Annual report on the working of the mental hospitals in the Madras Presidency - 1912-1932
Year: 1912
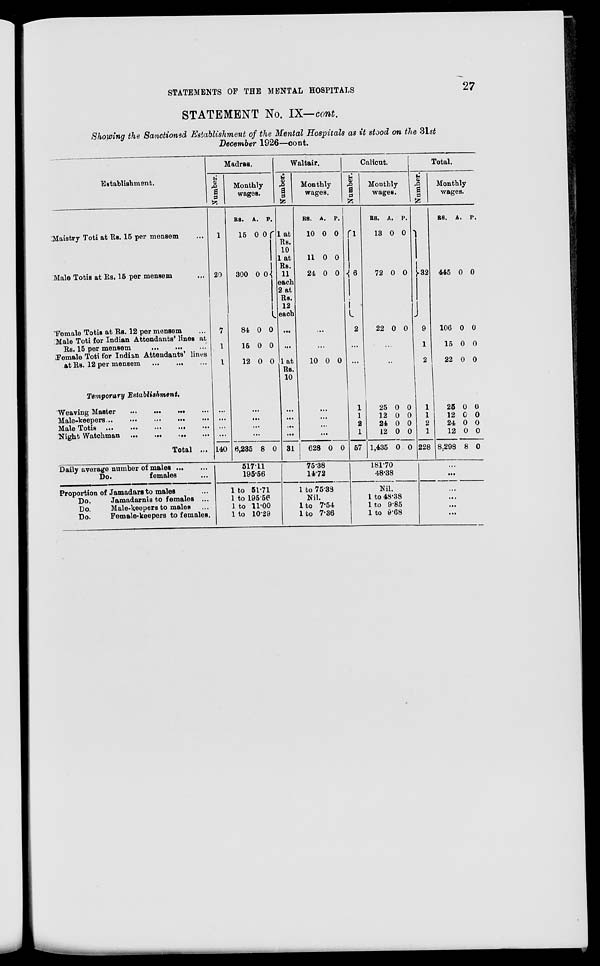
STATEMENTS OF THE MENTAL HOSPITALS
27
STATEMENT No. IX—cont.
Showing the Sanctioned Establishment of the Mental Hospitals as it stood on the 31st
December 1926—cont.
Establishment.
Maistry Toti at Rs. 15 per mensem ...
Male Totis at Rs. 15 per mensem ...
Female Totis at Rs. 12 per mensem ...
Male Toti for Indian Attendants' lines at
Rs. 15 per mensem ... ... ...
Female Toti for Indian Attendants' lines
at Rs. 12 per mensem
...
... ...
Temporary Establishment.
Weaving Master
...
...
...
...
Male-keepers ...
...
...
...
...
Male Totis ...
...
...
...
...
Night Watchman
...
...
...
...
Total ...
Daily average number of males
...
...
Do.
females ...
Proportion of Jamadars to males ...
Do.
Jamadarnis to females ...
Do.
Male-keepers to males ...
Do.
Female-keepers to females.
Madras.
Number.
1
20
7
1
1
...
...
...
...
140
Monthly
wages.
RS.
15
300
84
15
12
A.
0
0
0
0
0
P.
0
0
0
0
0
...
...
...
...
6,235 8 0
517.11
195.56
1 to 51.71
1 to 195.56
1 to 11.00
1 to 10.29
Waltair.
Number.
1 at
Rs.
10
1 at
Rs.
11
each
2 at
Rs.
12
each
...
...
1 at
Rs.
10
...
...
...
...
31
Monthly
wages.
RS.
10
11
24
A.
0
0
0
P.
0
0
0
...
...
10 0 0
...
...
...
...
628 0 0
75.38
14.72
1 to 75.38
Nil.
1 to 7.54
1 to 7.36
Calicut.
Number.
1
6
2
...
...
1
1
2
1
57
Monthly
wages.
RS.
13
72
22
A.
0
0
0
P.
0
0
0
...
...
25
12
24
12
1,435
0
0
0
0
0
0
0
0
0
0
181.70
48.38
Nil.
1 to 48.38
1 to 9.85
1 to 9.68
Total.
Number.
32
9
1
2
1
1
2
1
228
Monthly
wages.
RS.
445
106
15
22
25
12
24
12
8,298
A.
0
0
0
0
0
0
0
0
8
P.
0
0
0
0
0
0
0
0
0
...
...
...
...
...
...